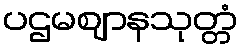
ပဌမဈာနသုတ္တံ